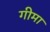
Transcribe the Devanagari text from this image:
गीमा